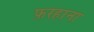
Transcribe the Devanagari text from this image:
फ़रहाना